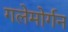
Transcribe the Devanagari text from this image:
गलेमोर्गन